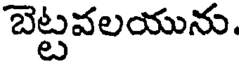
బెట్టవలయును.